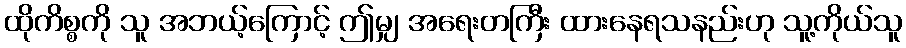
ထိုကိစ္စကို သူ အဘယ့်ကြောင့် ဤမျှ အရေးတကြီး ထားနေရသနည်းဟု သူ့ကိုယ်သူ